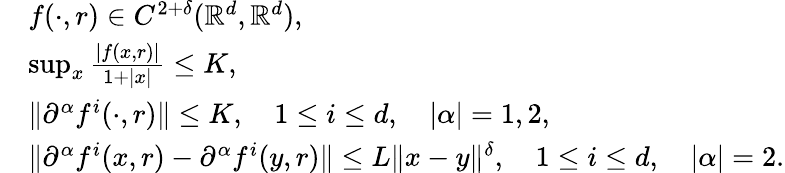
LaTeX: \begin{array}{rl}&{f(\cdot,r)\in C^{2+\delta}(\mathbb{R}^{d},\mathbb{R}^{d}),}\\ &{\operatorname*{sup}_{x}\frac{|f(x,r)|}{1+|x|}\leq K,}\\ &{\| \partial^{\alpha}f^{i}(\cdot,r)\| \leq K,\quad 1\leq i\leq d,\quad|\alpha|=1,2,}\\ &{\| \partial^{\alpha}f^{i}(x,r)-\partial^{\alpha}f^{i}(y,r)\| \leq L\| x-y\| ^{\delta},\quad 1\leq i\leq d,\quad|\alpha|=2.}\end{array}